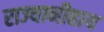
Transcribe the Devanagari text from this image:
राज्यानीहाय